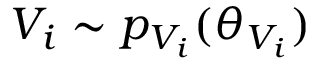
V _ { i } \sim p _ { V _ { i } } ( \theta _ { V _ { i } } )